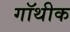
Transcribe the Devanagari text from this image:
गॉथीक